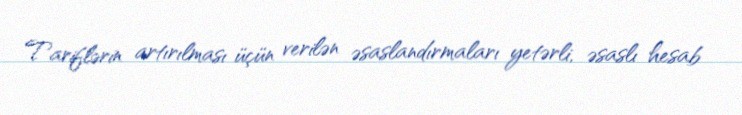
Tariflərin artırılması üçün verilən əsaslandırmaları yetərli, əsaslı hesab